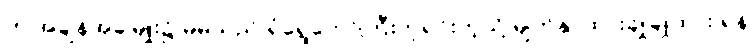
ဤအချိန်အခါမျိုး၌ မိမိသည် ရံရွေတော်ကြီးဘူရင်းကဲ့သို့ မျက်နှာထားချိုချိုထား ရန်